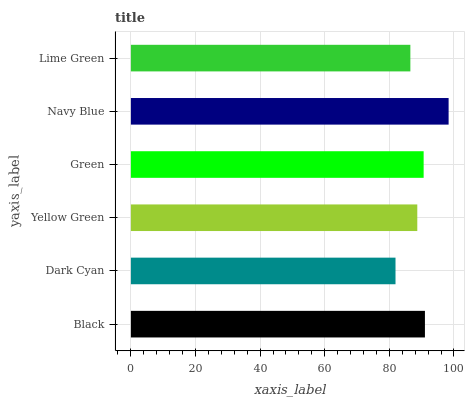
| yaxis_label | bars |
 | --- | --- |
 | Black | 91 |
 | Dark Cyan | 81.9 |
 | Yellow Green | 88.7 |
 | Green | 90.6 |
 | Navy Blue | 98.4 |
 | Lime Green | 86.5 |